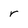
Character: r